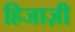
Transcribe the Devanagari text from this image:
हिजाज़ी